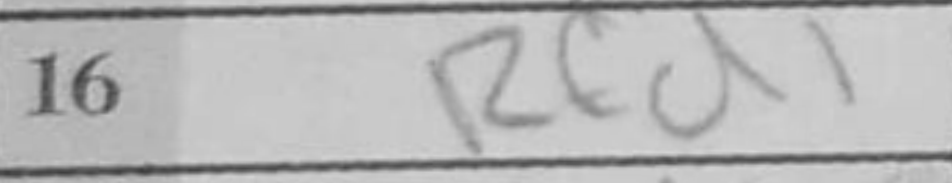
Transcription: Rcd1